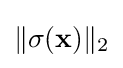
\|\sigma (\mathbf {x} )\|_{2}